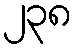
၂၃၈